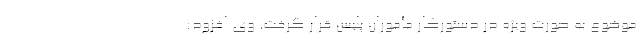
موضوع به صورت ویژه در دستورکار مأموران پلیس قرار گرفت. وی افزود: